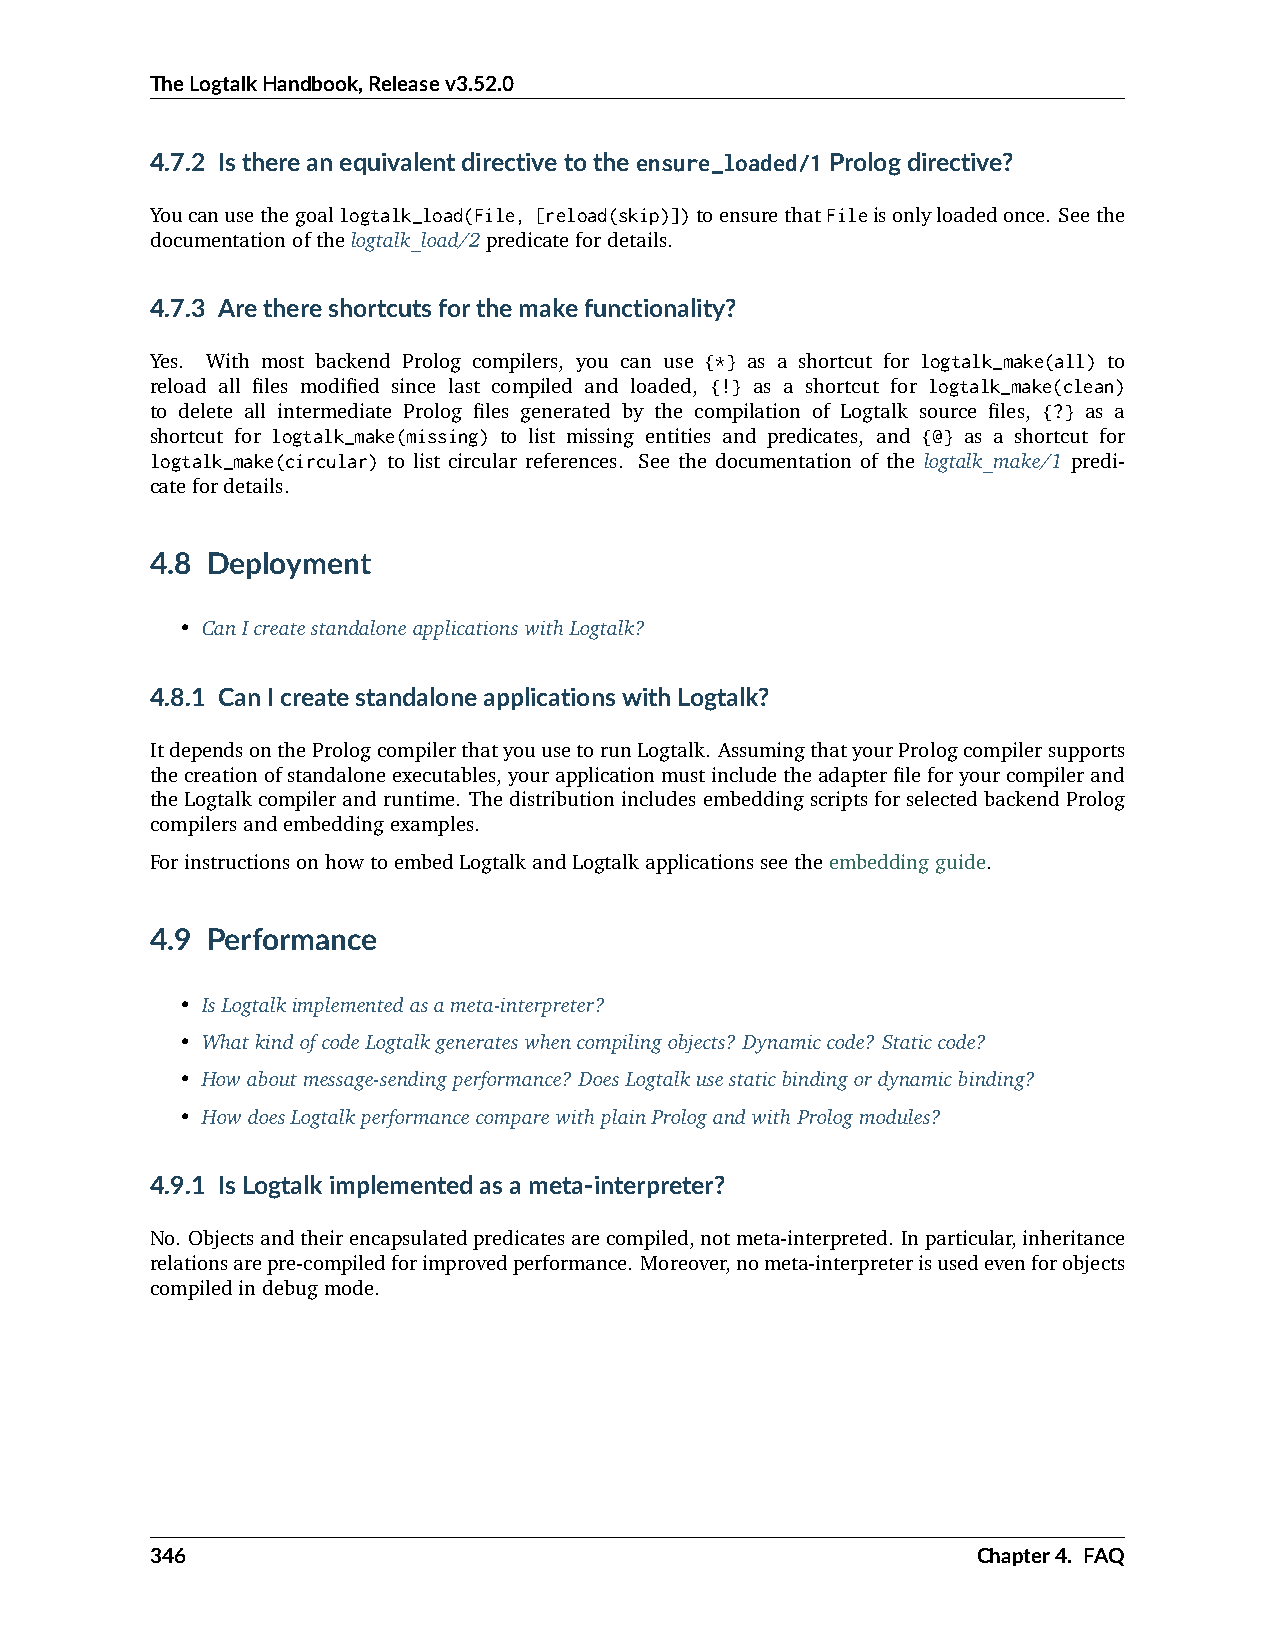
TheLogtalkHandbook,Releasev3.52.0
 4.7.2 Isthereanequivalentdirectivetotheensure_loaded/1Prologdirective?
 Youcanusethegoallogtalk_load(File, [reload(skip)])toensurethatFileisonlyloadedonce. Seethe
 documentationofthelogtalk_load/2predicatefordetails.
 4.7.3 Arethereshortcutsforthemakefunctionality?
 Yes. With most backend Prolog compilers, you can use {*} as a shortcut for logtalk_make(all) to
 reload all files modified since last compiled and loaded, {!} as a shortcut for logtalk_make(clean)
 to delete all intermediate Prolog files generated by the compilation of Logtalk source files, {?} as a
 shortcut for logtalk_make(missing) to list missing entities and predicates, and {@} as a shortcut for
 logtalk_make(circular) to list circular references. See the documentation of the logtalk_make/1 predi-
 catefordetails.
 4.8 Deployment
 • CanIcreatestandaloneapplicationswithLogtalk?
 4.8.1 CanIcreatestandaloneapplicationswithLogtalk?
 ItdependsonthePrologcompilerthatyouusetorunLogtalk. AssumingthatyourPrologcompilersupports
 thecreationofstandaloneexecutables,yourapplicationmustincludetheadapterfileforyourcompilerand
 theLogtalkcompilerandruntime. ThedistributionincludesembeddingscriptsforselectedbackendProlog
 compilersandembeddingexamples.
 ForinstructionsonhowtoembedLogtalkandLogtalkapplicationsseetheembeddingguide.
 4.9 Performance
 • IsLogtalkimplementedasameta-interpreter?
 • WhatkindofcodeLogtalkgenerateswhencompilingobjects? Dynamiccode? Staticcode?
 • Howaboutmessage-sendingperformance? DoesLogtalkusestaticbindingordynamicbinding?
 • HowdoesLogtalkperformancecomparewithplainPrologandwithPrologmodules?
 4.9.1 IsLogtalkimplementedasameta-interpreter?
 No. Objectsandtheirencapsulatedpredicatesarecompiled,notmeta-interpreted. Inparticular,inheritance
 relationsarepre-compiledforimprovedperformance. Moreover,nometa-interpreterisusedevenforobjects
 compiledindebugmode.
 346                                                    Chapter4. FAQ